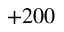
+ 2 0 0